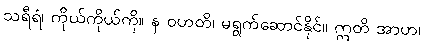
သရီရံ၊ ကိုယ်ကိုယ်ကို။ န ဝဟတိ၊ မရွက်ဆောင်နိုင်။ ဣတိ အာဟ၊